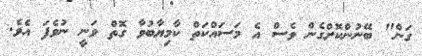
ގަން" ބޭނުންކޮށްގެން ވެސް އެ މަސައްކަތް ކާމިޔާބުވާ ގޮތް ވަނީ ނުވެފަ އެވެ.